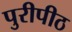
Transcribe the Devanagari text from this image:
पुरीपीठ